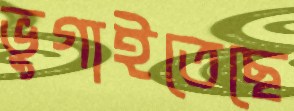
ভুগাইতেছে